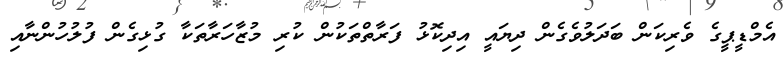
އެމްޑީޕީގެ ވެރިކަން ބަދަލުވެގެން ދިޔައީ އިދިކޮޅު ފަރާތްތަކުން ކުރި މުޒާހަރާތަކާ ގުޅިގެން ފުލުހުންނާއި